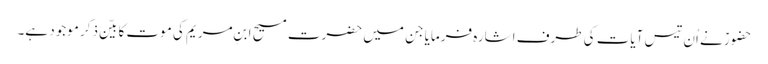
حضورؑ نے اُن تیس آیات کی طرف اشارہ فرمایا جن میں حضرت مسیح ابنِ مریم کی موت کا بیّن ذکر موجود ہے۔